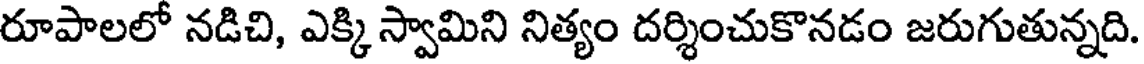
రూపాలలో నడిచి, ఎక్కి స్వామిని నిత్యం దర్శించుకొనడం జరుగుతున్నది.